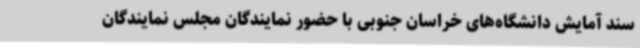
سند آمایش دانشگاه‌های خراسان جنوبی با حضور نمایندگان مجلس نمایندگان